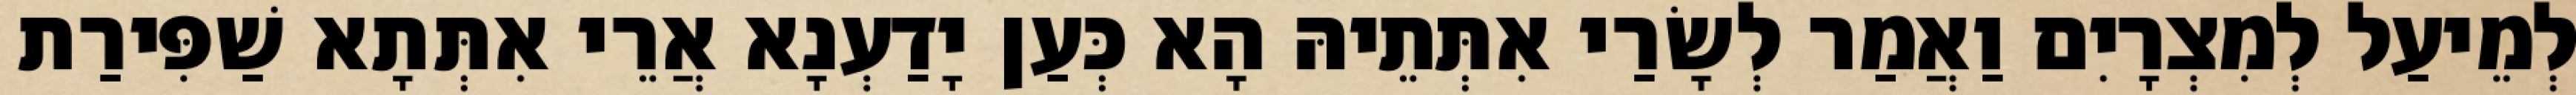
לְמֵיעַל לְמִצְרָיִם וַאֲמַר לְשָׂרַי אִתְּתֵיהּ הָא כְּעַן יָדַעְנָא אֲרֵי אִתְּתָא שַׁפִּירַת